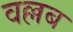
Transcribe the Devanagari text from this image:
वल्लब